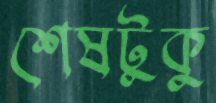
শেষটুকু